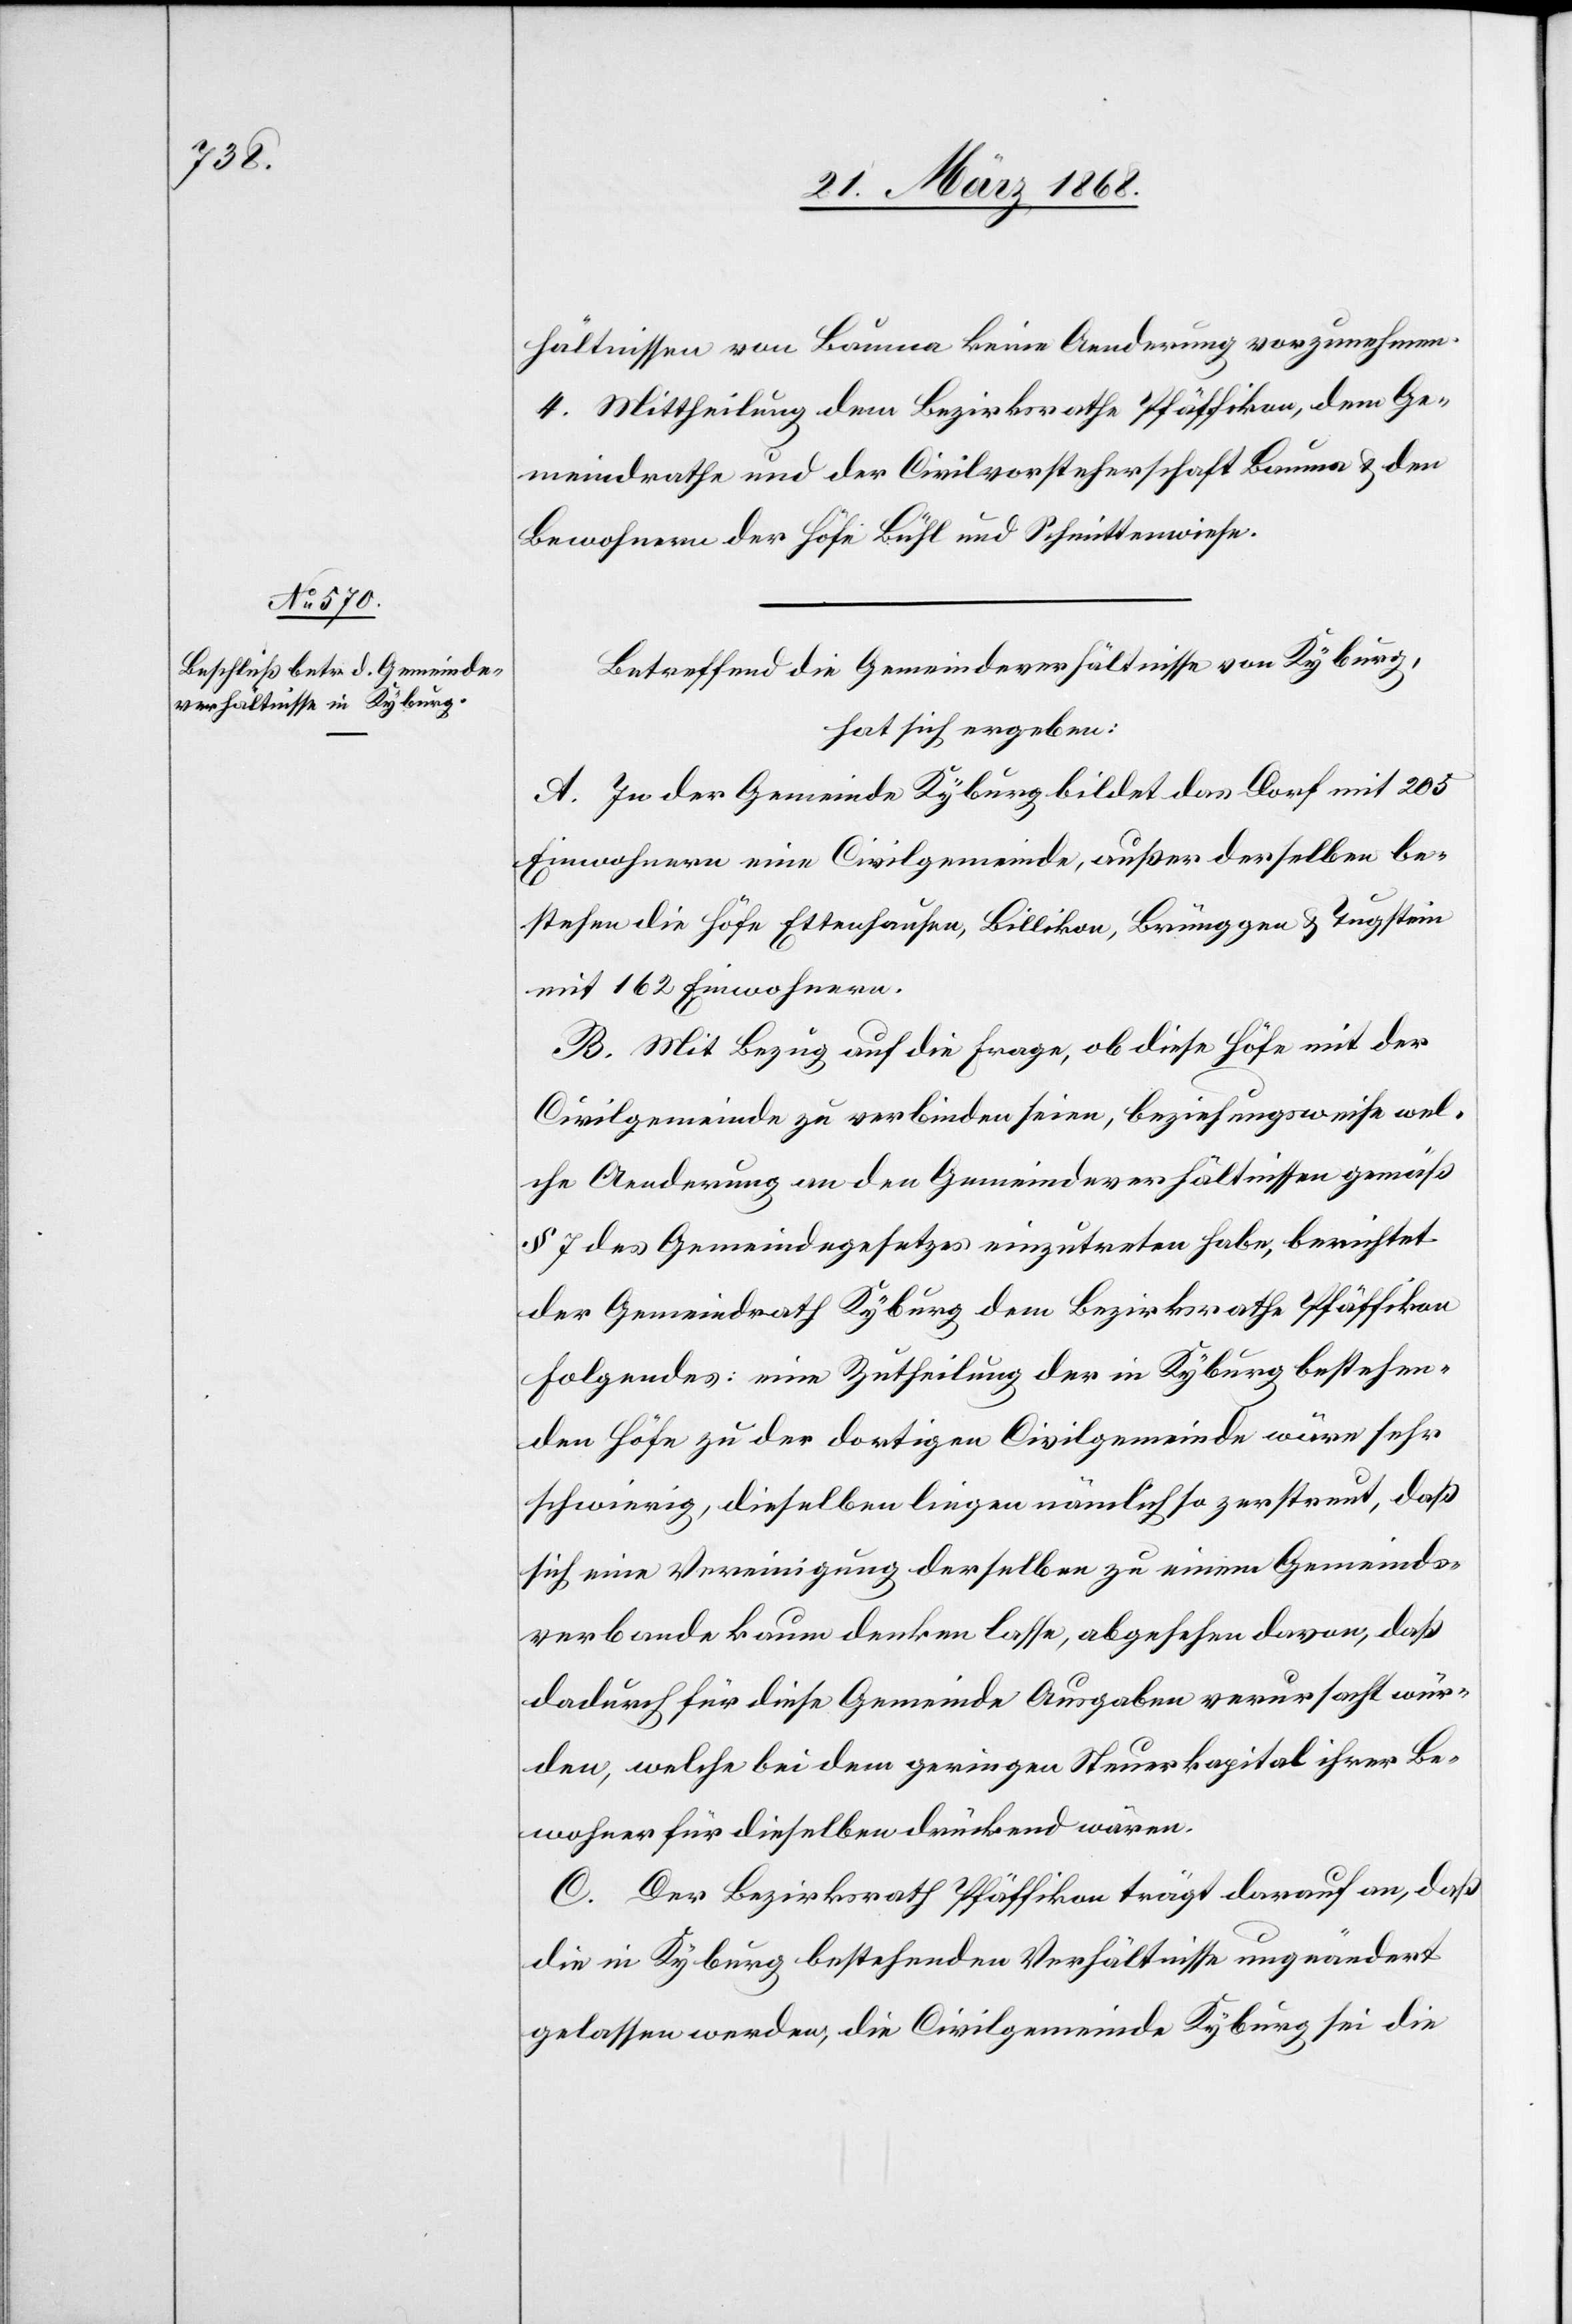
hältnissen von Bauma keine Aenderung vorzunehmen.
4. Mittheilung dem Bezirksrathe Pfäffikon, dem Ge¬
meindrathe und der Civilvorsteherschaft Bauma & den
Bewohnern der Höfe Bühl und Schmittenwiese.
Betreffend die Gemeindeverhältnisse von Kyburg,
hat sich ergeben:
A. In der Gemeinde Kyburg bildet das Dorf mit 205
Einwohnern eine Civilgemeinde, außer derselben be¬
stehen die Höfe Ettenhausen, Billikon, Brünggen & Tugstein
mit 162 Einwohnern.
B. Mit Bezug auf die Frage, ob diese Höfe mit der
Civilgemeinde zu verbinden seien, beziehungsweise wel¬
che Aenderung an den Gemeindeverhältnissen gemäß
§ 7 des Gemeindegesetzes einzutreten habe, berichtet
der Gemeindrath Kyburg dem Bezirksrathe Pfäffikon
Folgendes: eine Zutheilung der in Kyburg bestehen¬
den Höfe zu der dortigen Civilgemeinde wäre sehr
schwierig, dieselben liegen nämlich so zerstreut, daß
sich eine Vereinigung derselben zu einem Gemeinds¬
verbande kaum denken lasse, abgesehen davon, daß
dadurch für diese Gemeinde Ausgaben verursacht wür¬
den, welche bei dem geringen Steuerkapital ihrer Be¬
wohner für dieselben drückend wären.
C. Der Bezirksrath Pfäffikon trägt darauf an, daß
die in Kyburg bestehenden Verhältnisse ungeändert
gelassen werden, die Civilgemeinde Kyburg sei die